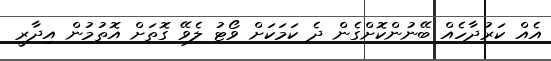
އެއް ކަރުދާހެއް ބޭނުންކޮށްގެން ދެ ކަމަކަށް ވޯޓު ލެވޭ ގޮތަށް އޮތުމުން އިދާރީ